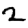
Digit: 2